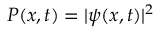
P ( x , t ) = | \psi ( x , t ) | ^ { 2 }